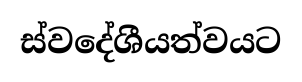
ස්වදේශීයත්වයට